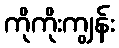
ကိုကိုးကျွန်း